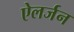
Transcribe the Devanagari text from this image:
ऐलर्जन